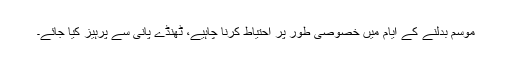
موسم بدلنے کے ایام میں خصوصی طور پر احتیاط کرنا چاہیے، ٹھنڈے پانی سے پرہیز کیا جائے۔